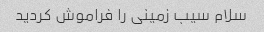
سلام سیب زمینی را فراموش کردید